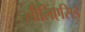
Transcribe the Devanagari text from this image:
लीलिएसिई